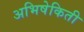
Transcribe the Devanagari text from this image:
अभिषेकिती